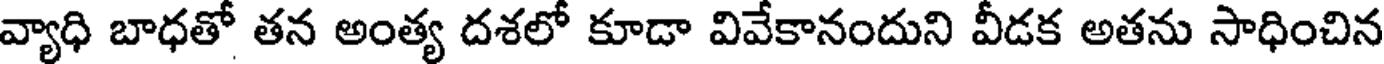
వ్యాధి బాధతో తన అంత్య దశలో కూడా వివేకానందుని వీడక అతను సాధించిన